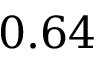
0 . 6 4